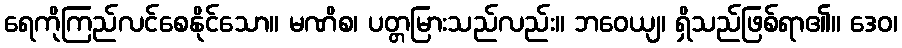
ရေကိုကြည်လင်စေနိုင်သော။ မဏိစ၊ ပတ္တမြားသည်လည်း။ ဘဝေယျ၊ ရှိသည်ဖြစ်ရာ၏။ ဒေဝ၊